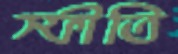
স্ফীতি